King Institute of Preventive Medicine Micro-Biological Section reports 1912-19
Year: 1912
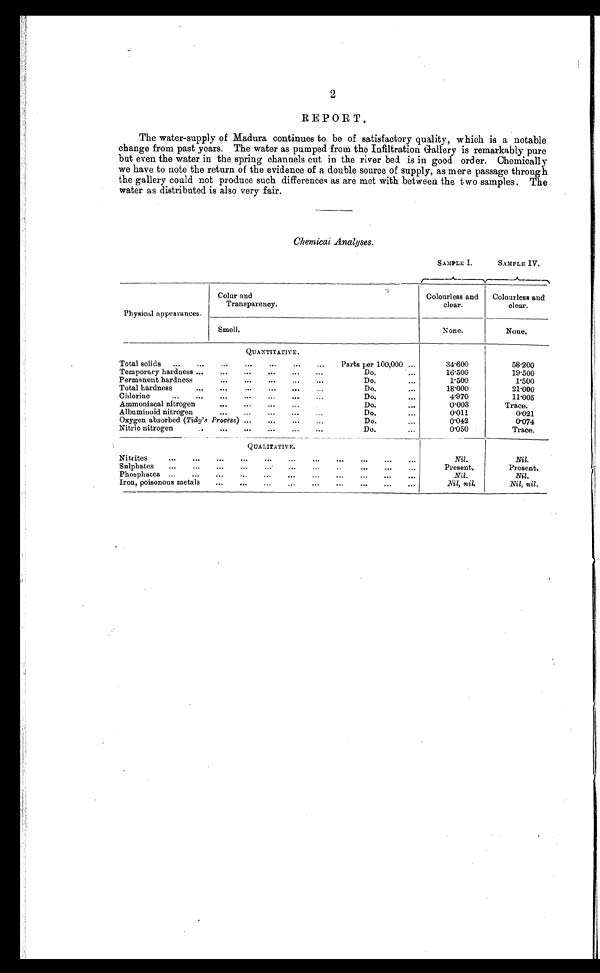
2
REPORT.
The water-supply of Madura continues to be of satisfactory quality, which is a notable
change from past years. The water as pumped from the Infiltration Gallery is remarkably pure
but even the water in the spring channels cut in the river bed is in good order. Chemically
we have to note the return of the evidence of a double source of supply, as mere passage through
the gallery could not produce such differences as are met with between the two samples. The
water as distributed is also very fair.
Chemical Analyses.
SAMPLE I.
SAMPLE IV.
Physical appearances.
Colur and
Transparency.
Colourless and
clear.
Colourless and
clear.
Smell.
N one.
None.
QUANTITATIVE.
Total solids
Parts per 100,000
34.600
58.200
Temporary hardness
Do.
16.500
19.500
Permanent hardness
D o .
1.500
1 . 5 0 0
Total hardness
Do.
18.000
21.000
Chlorine
Do.
4.970
11.005
Ammoniacal nitrogen
Do.
0.003
Trace.
Albumiuoid nitrogen
Do.
0.011
0.021
Oxygen absorbed (Tidy's Process)
Do.
0.012
0.074
Nitric nitrogen
Do.
0.050
Trace.
Q U A L I T A T I V E .
Nitrites
Nil.
Nil.
Sulphates
Present.
Present.
Phosphates
. .
.
...
Nil.
Nil.
Iron, poisonous metals
Nil, nil.
Nil, nil.